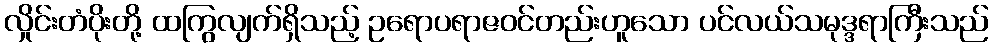
လှိုင်းတံပိုးတို့ ထကြွလျက်ရှိသည့် ဥရောပရာဇဝင်တည်းဟူသော ပင်လယ်သမုဒ္ဒရာကြီးသည်